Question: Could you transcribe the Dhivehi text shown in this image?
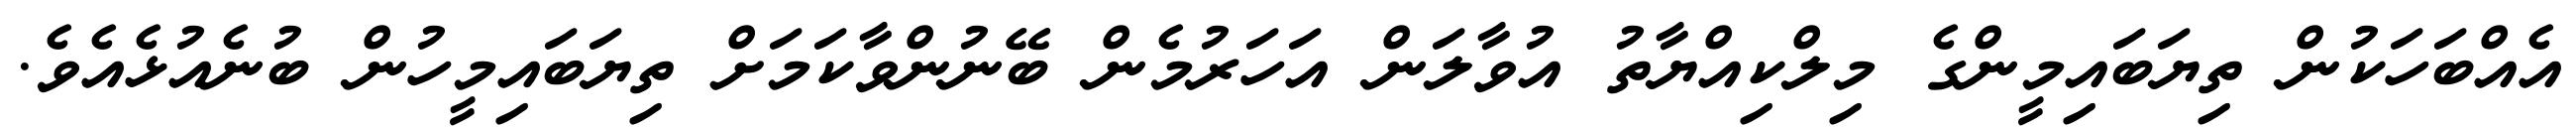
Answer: އެއްބަހަކުން ތިޔަބައިމީންގެ މިލްކިއްޔާތު އުވާލަން އަހަރުމެން ބޭނުންވާކަމަށް ތިޔަބައިމީހުން ބުނެއުޅެއެވެ.